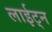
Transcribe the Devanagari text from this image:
लाईट्न